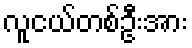
လူငယ်တစ်ဦးအား